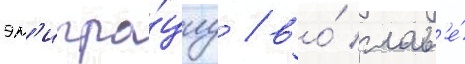
эм'игра́циу / во́ глав'е́